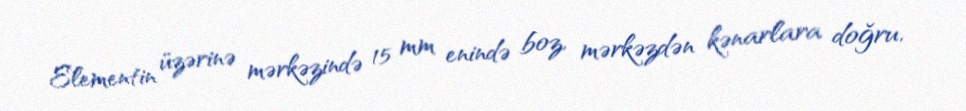
Elementin üzərinə mərkəzində 15 mm enində boz, mərkəzdən kənarlara doğru,